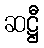
ဆဋ္ဌီ